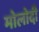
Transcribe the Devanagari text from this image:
मोलोदी